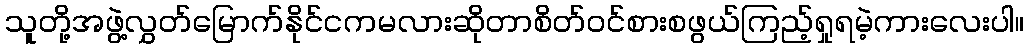
သူတို့အဖွဲ့လွှတ်မြောက်နိုင်ငကမလားဆိုတာစိတ်ဝင်စားစဖွယ်ကြည့်ရှုရမဲ့ကားလေးပါ။